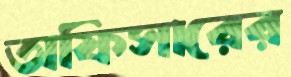
অফিসারের